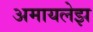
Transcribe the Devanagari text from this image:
अमायलेझ